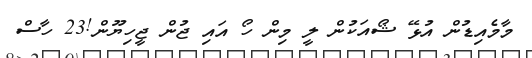
މާމެއިޑުން އުޅޭ ޝޯއަކުން ލީ މިން ހޯ އައި ޖުން ޖީހިޔޫން!23 ހާސް